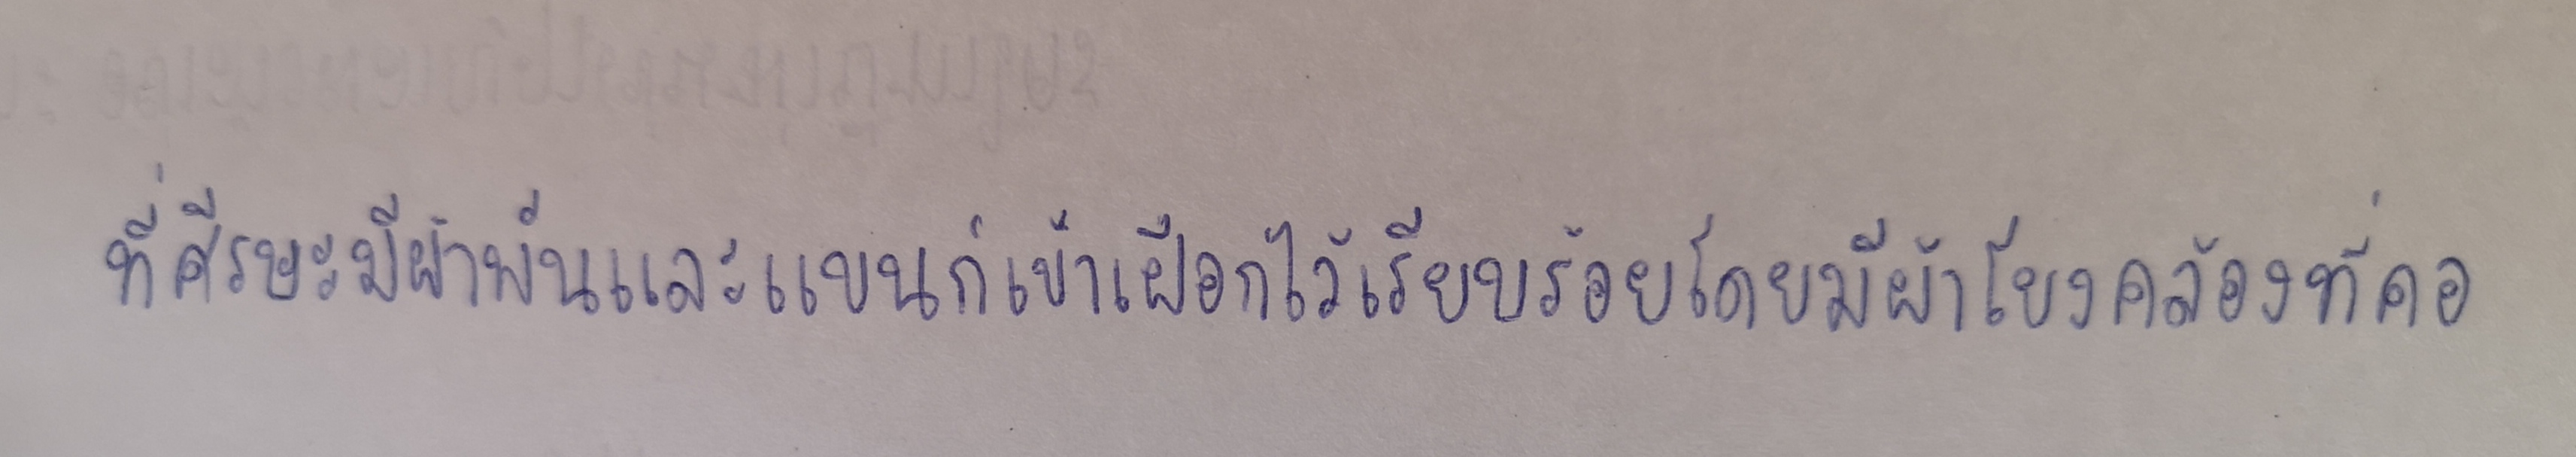
ที่ศีรษะมีผ้าพันและแขนก็เข้าเฝือกไว้เรียบร้อยโดยมีผ้าโยงคล้องที่คอ